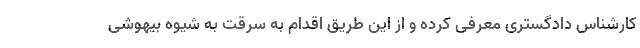
کارشناس دادگستری معرفی کرده و از این طریق اقدام به سرقت به شیوه بیهوشی